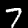
Label: 7